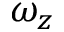
\omega _ { z }